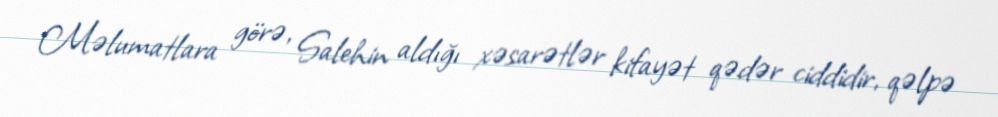
Məlumatlara görə, Salehin aldığı xəsarətlər kifayət qədər ciddidir, qəlpə